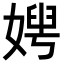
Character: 𡞲